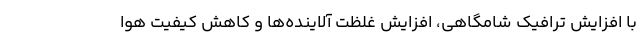
با افزایش ترافیک شامگاهی، افزایش غلظت آلاینده‌ها و کاهش کیفیت هوا